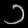
Digit: ၁